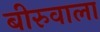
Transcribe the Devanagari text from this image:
बीरुवाला